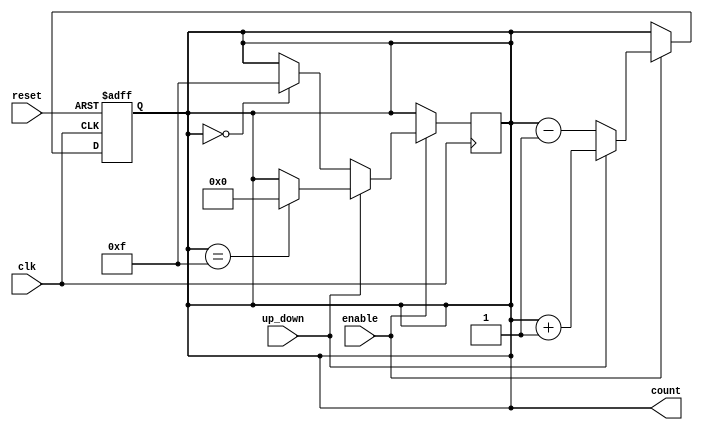
module up_down_counter #(
    parameter n = 4 // Parameter for the bit-width of the counter
)(
    input wire clk,          // Clock signal
    input wire reset,        // Asynchronous reset signal
    input wire up_down,      // Control signal for counting direction
    input wire enable,       // Control signal for enabling counting
    output reg [n-1:0] count // n-bit output counter value
);

    // Asynchronous reset and counting logic
    always @(posedge clk or posedge reset) begin
        if (reset) begin
            count <= 0; // Reset the counter to 0
        end else if (enable) begin
            if (up_down) begin
                count <= count + 1; // Increment counter
            end else begin
                count <= count - 1; // Decrement counter
            end
        end
    end

    // Handle wrapping for counting
    always @(posedge clk) begin
        if (enable) begin
            if (up_down) begin
                if (count == {n{1'b1}}) // Check if max value is reached
                    count <= 0; // Wrap around to 0
            end else begin
                if (count == 0) // Check if counter is at zero
                    count <= {n{1'b1}}; // Wrap around to max value
            end
        end
    end

endmodule